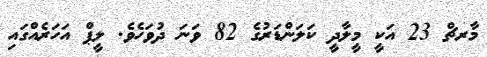
މާރޗް 23 އަކީ މީލާދީ ކަލަންޑަރުގެ 82 ވަނަ ދުވަހެވެ. ލީޕް އަހަރެއްގައި